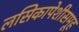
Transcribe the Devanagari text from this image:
लसिकापेशीसमूह